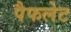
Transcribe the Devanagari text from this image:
पैफलेट